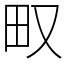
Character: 𤰖